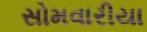
સોમવારીયા